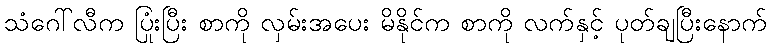
သံဂေါ်လီက ပြုံးပြီး စာကို လှမ်းအပေး မိနိုင်က စာကို လက်နှင့် ပုတ်ချပြီးနောက်